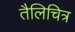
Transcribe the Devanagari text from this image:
तैलिचित्र